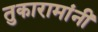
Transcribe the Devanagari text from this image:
तुकारामांनीं